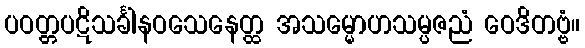
ပဝတ္တပဋိသင်္ခါနဝသေနေတ္ထ အသမ္မောဟသမ္ပဇညံ ဝေဒိတဗ္ဗံ။